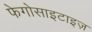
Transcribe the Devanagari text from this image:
फेगोसाइटाइज़